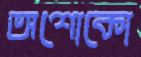
অশোকো